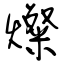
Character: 燦